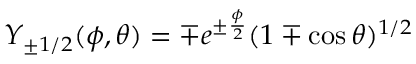
Y _ { \pm 1 / 2 } ( \phi , \theta ) = \mp e ^ { \pm \frac { \phi } { 2 } } ( 1 \mp \cos \theta ) ^ { 1 / 2 }